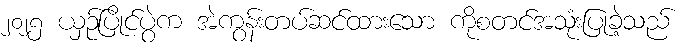
၂၀၂၅ ယှဉ်ပြိုင်ပွဲက အဲကွန်းတပ်ဆင်ထားသော ကိုစတင်အသုံးပြုခဲ့သည်